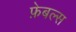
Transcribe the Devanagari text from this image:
फ़ेबल्स